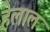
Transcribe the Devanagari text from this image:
हेलाल